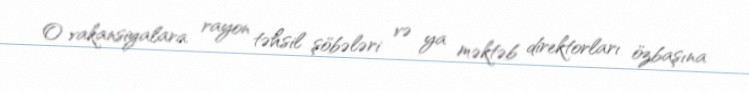
O vakansiyalara rayon təhsil şöbələri və ya məktəb direktorları özbaşına